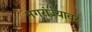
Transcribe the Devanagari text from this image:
नगरांज्यावर